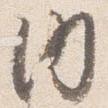
内